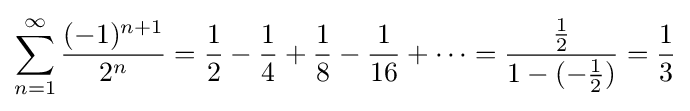
\sum _{n=1}^{\infty }{\frac {(-1)^{n+1}}{2^{n}}}={\frac {1}{2}}-{\frac {1}{4}}+{\frac {1}{8}}-{\frac {1}{16}}+\cdots ={\frac {\frac {1}{2}}{1-(-{\frac {1}{2}})}}={\frac {1}{3}}